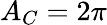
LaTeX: A_{C}=2\pi